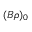
( B \rho ) _ { 0 }